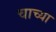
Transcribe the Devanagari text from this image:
चाच्या